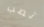
تصب